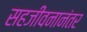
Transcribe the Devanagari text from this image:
सहजीवनानंतर